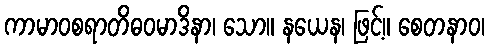
ကာမာဝစရာတိဓဝမာဒိနာ၊ သော။ နယေန၊ ဖြင့်။ စေတနာဝ၊